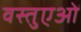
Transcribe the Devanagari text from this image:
वस्तुएओं